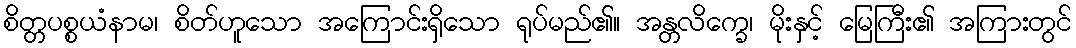
စိတ္တပစ္စယံနာမ၊ စိတ်ဟူသော အကြောင်းရှိသော ရုပ်မည်၏။ အန္တလိက္ခေ၊ မိုးနှင့် မြေကြီး၏ အကြားတွင်